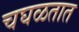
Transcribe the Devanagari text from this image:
चघळतात